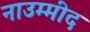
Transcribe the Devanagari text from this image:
नाउम्मीद